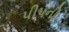
પીપની